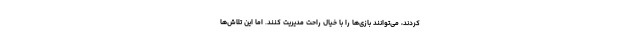
کردند، می‌توانند بازی‌ها را با خیال راحت مدیریت کنند. اما این تلاش‌ها